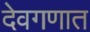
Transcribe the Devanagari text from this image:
देवगणात